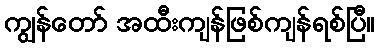
ကျွန်တော် အထီးကျန်ဖြစ်ကျန်ရစ်ပြီ။